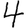
Digit: 4